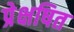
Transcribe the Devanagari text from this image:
प्रेक्षषित